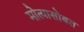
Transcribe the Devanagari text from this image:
मोत्यासोबत